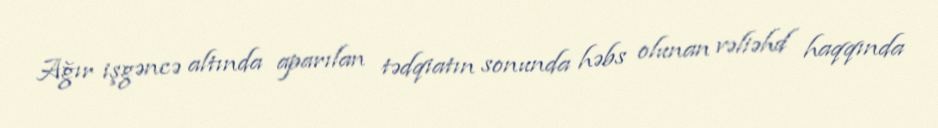
Ağır işgəncə altında aparılan tədqiatın sonunda həbs olunan vəliəhd haqqında